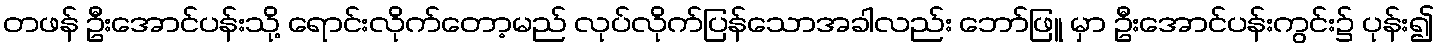
တဖန် ဦးအောင်ပန်းသို့ ရောင်းလိုက်တော့မည် လုပ်လိုက်ပြန်သောအခါလည်း ဘော်ဖြူ မှာ ဦးအောင်ပန်းကွင်း၌ ပုန်း၍